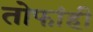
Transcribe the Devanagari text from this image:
तोफांही